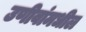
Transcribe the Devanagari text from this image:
उणीवांमधील